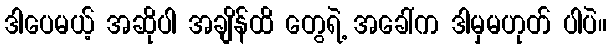
ဒါပေမယ့် အဆိုပါ အချိန်ထိ တွေရဲ့ အခေါ်က ဒါမှမဟုတ် ပါပဲ။